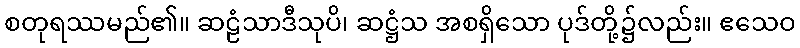
စတုရဿမည်၏။ ဆဠံသာဒီသုပိ၊ ဆဋ္ဌံသ အစရှိသော ပုဒ်တို့၌လည်း။ ဧသေဝ